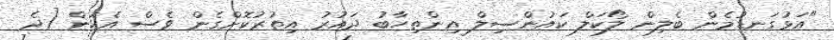
"އަޅުގަނޑުމެން ބެލިން ލޯކަލް ކައުންސިލް އިންތިހާބު ދައުރު އިތުރުކޮށްގެން ވެސް އެކަން [ދެ